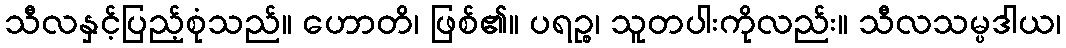
သီလနှင့်ပြည့်စုံသည်။ ဟောတိ၊ ဖြစ်၏။ ပရဉ္စ၊ သူတပါးကိုလည်း။ သီလသမ္ပဒါယ၊